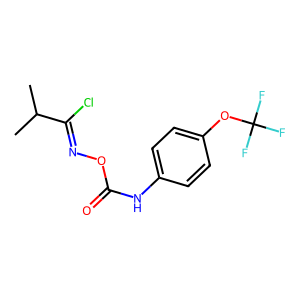
SMILES: CC(C)C(Cl)=NOC(=O)Nc1ccc(OC(F)(F)F)cc1
Inhibits HIV replication: No